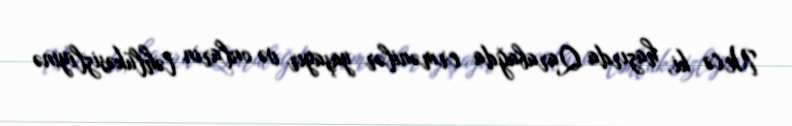
Necə ki, hazırda Qarabağda ermənilər yaşayır və onların təhlükəsizliyinə